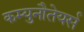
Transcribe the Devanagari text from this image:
कम्युनौतेयर्स